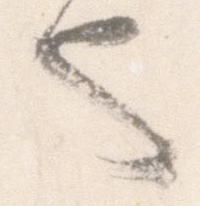
也